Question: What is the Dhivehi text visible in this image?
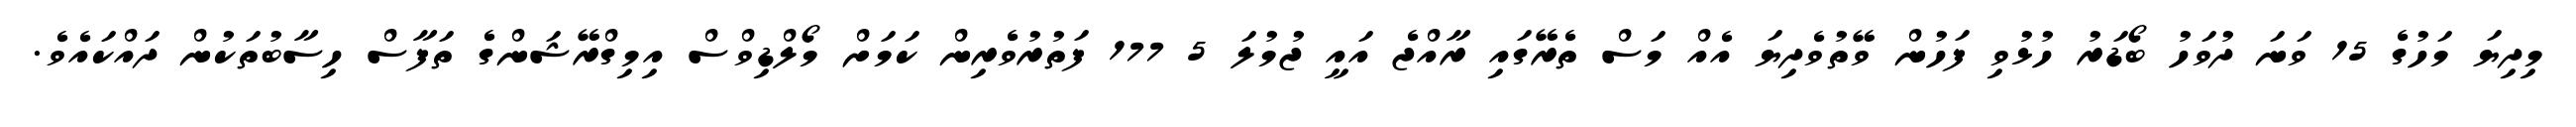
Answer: މިދިޔަ މަހުގެ 15 ވަނަ ދުވަހު ބޯޑަރު ހުޅުވި ފަހުން ވޭތުވެދިޔަ އެއް މަސް ތެރޭގައި ރާއްޖެ އައީ ޖުމުލަ 5 177 ފަތުރުވެރިން ކަމަށް މޯލްޑިވްސް އިމިގްރޭޝަންގެ ތަފާސް ހިސާބުތަކުން ދައްކައެވެ.